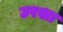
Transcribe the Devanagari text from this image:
उरशा